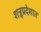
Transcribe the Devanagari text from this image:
शत्रूप्रदेशात